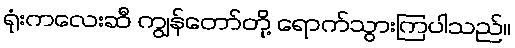
ရုံးကလေးဆီ ကျွန်တော်တို့ ရောက်သွားကြပါသည်။